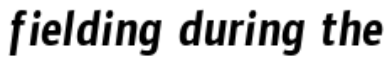
fielding during the